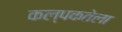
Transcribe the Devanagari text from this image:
कल्पकतेला